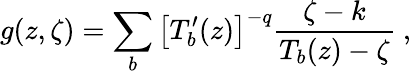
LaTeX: g(z,\zeta)=\sum_{b}\left[T_{b}^{\prime}(z)\right]^{-q}\frac{\zeta-k}{T_{b}(z)-\zeta}\ ,